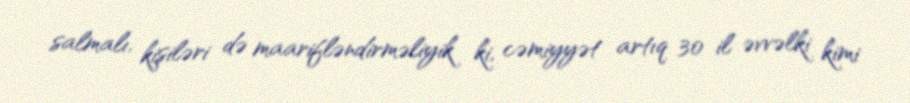
salmalı, kişiləri də maarifləndirməliyik ki, cəmiyyət artıq 30 il əvvəlki kimi